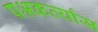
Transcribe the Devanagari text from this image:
प्रश्नकर्त्यास